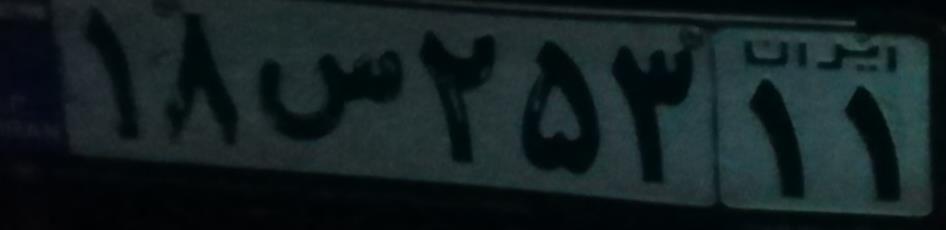
۱۸س۲۵۳۱۱